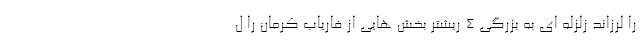
را لرزاند زلزله ای به بزرگی ۴ ریشتر بخش هایی از فاریاب کرمان را ل